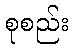
စုစည်း